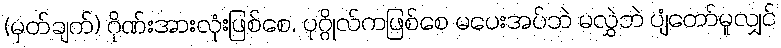
(မှတ်ချက်) ဂိုဏ်းအားလုံးဖြစ်စေ, ပုဂ္ဂိုလ်ကဖြစ်စေ မပေးအပ်ဘဲ မလွှဲဘဲ ပျံတော်မူလျှင်